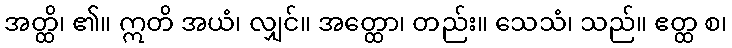
အတ္ထိ၊ ၏။ ဣတိ အယံ၊ လျှင်။ အတ္ထော၊ တည်း။ သေသံ၊ သည်။ ဧတ္ထ စ၊